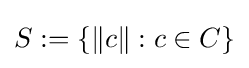
S:=\{\|c\|:c\in C\}